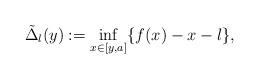
LaTeX: \begin{align*}\tilde \Delta_l(y):=\inf_{x\in [y, a]}\{f(x)-x-l\},\end{align*}